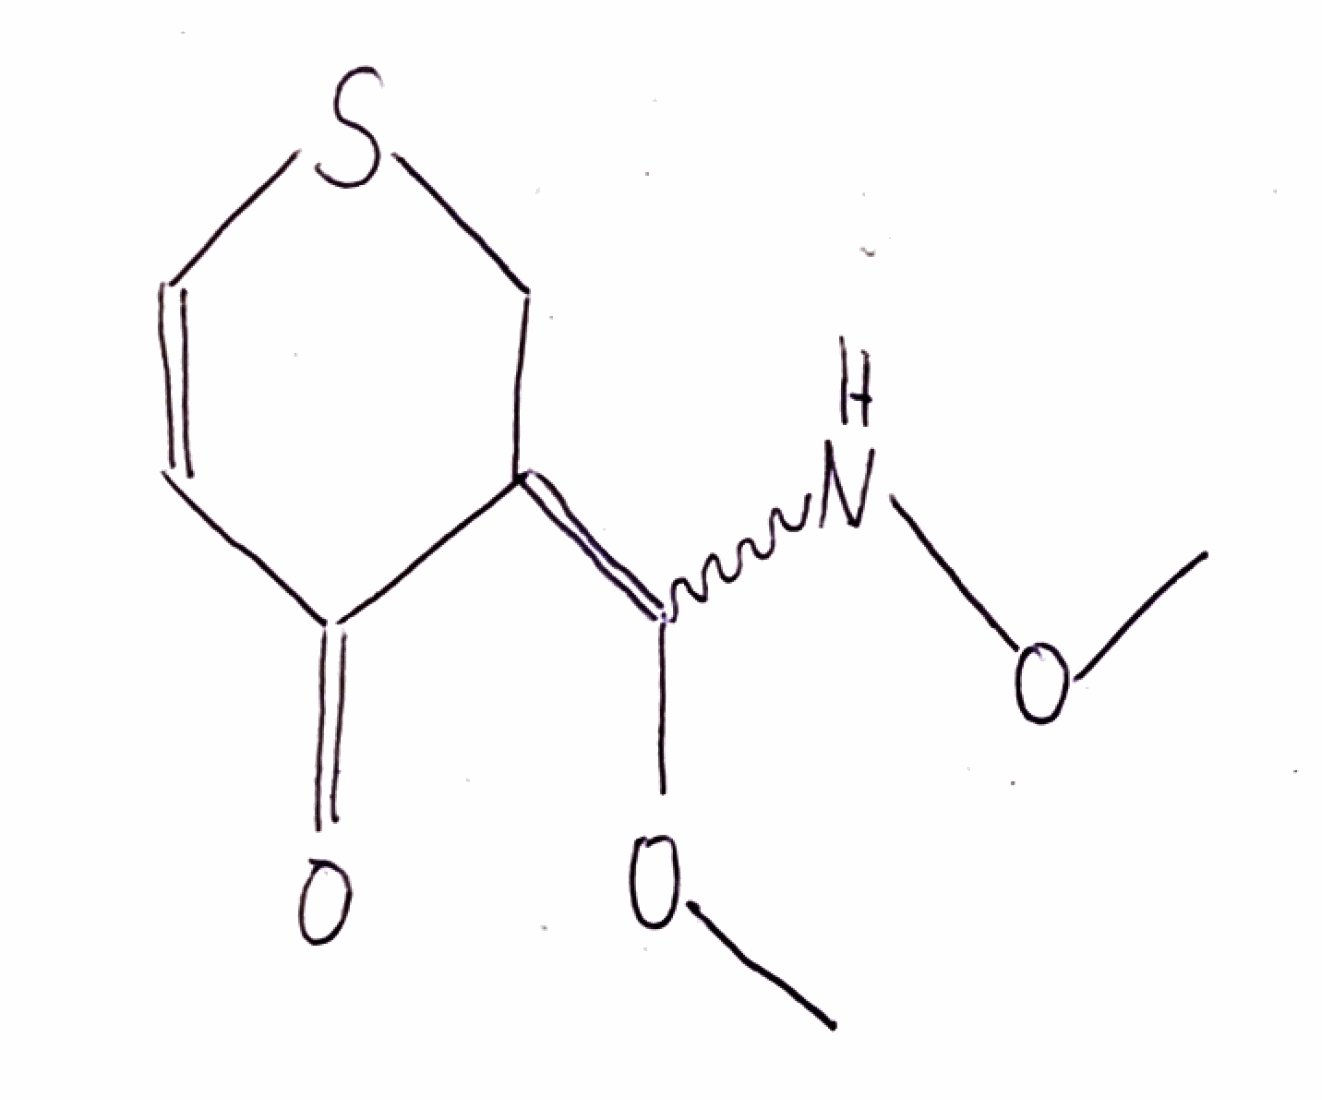
Simplified molecular-input line-entry system (SMILES) notation of the given molecule:
COC(=C1CSC=CC1=O)NOC